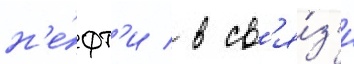
н'е́фт'и / в св'я́з'и